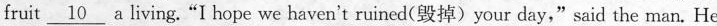
fruit \underline{10} a living. “I hope we haven't ruined(毁掉)your day,"said the man. He